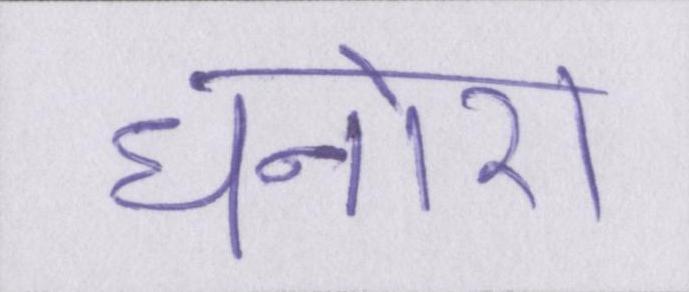
धनोरा